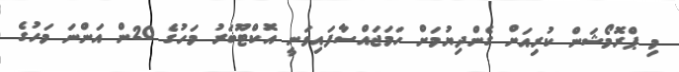
މި ޕްރޮމޯޝަން ކުރިއަށް ގެންދިޔުމަށް ހަމަޖައްސާފައިވަނީ އޮކްޓޫބަރު މަަހުގެ 20ން އަންނަ މަހުގެ